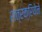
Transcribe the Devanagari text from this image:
शत्रक्रियेने